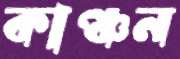
কাঞ্চন